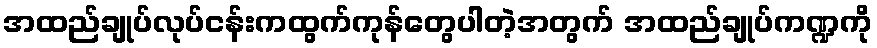
အထည်ချုပ်လုပ်ငန်းကထွက်ကုန်တွေပါတဲ့အတွက် အထည်ချုပ်ကဏ္ဍကို